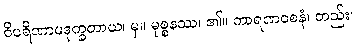
ဝိပရိဏာမဒုက္ခတာယ၊ မှ။ မုစ္စနဿ၊ ၏။ ကာရဏဝစနံ၊ တည်း။